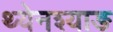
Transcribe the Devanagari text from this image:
थ्येनश्याङ